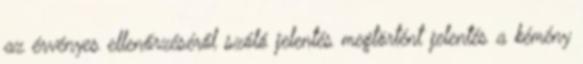
az érvényes ellenőrzéséről szóló jelentés megtörtént jelentés a kémény